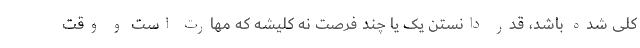
کلی شده باشد، قدر دانستن یک یا چند فرصت نه کلیشه که مهارت است و وقت